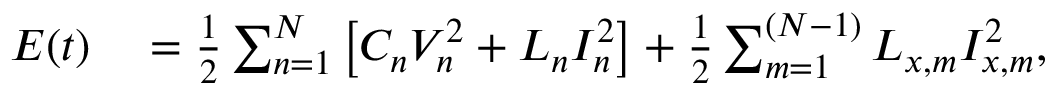
\begin{array} { r l } { E ( t ) } & { { } = \frac { 1 } { 2 } \sum _ { n = 1 } ^ { N } \left[ C _ { n } V _ { n } ^ { 2 } + L _ { n } I _ { n } ^ { 2 } \right] + \frac { 1 } { 2 } \sum _ { m = 1 } ^ { ( N - 1 ) } L _ { x , m } I _ { x , m } ^ { 2 } , } \end{array}